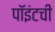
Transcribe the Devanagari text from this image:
पॉइंटची